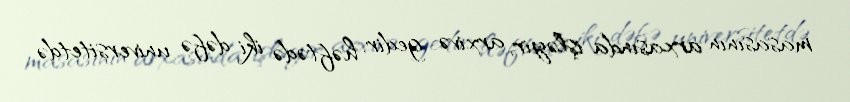
masasının arxasında işləyir, arxivə gedir, həftədə iki dəfə universitetdə